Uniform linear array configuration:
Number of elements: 24
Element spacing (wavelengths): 0.75
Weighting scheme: blackman
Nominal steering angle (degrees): -60
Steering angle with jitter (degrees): -61.536
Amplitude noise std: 0.05
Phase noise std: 0.05

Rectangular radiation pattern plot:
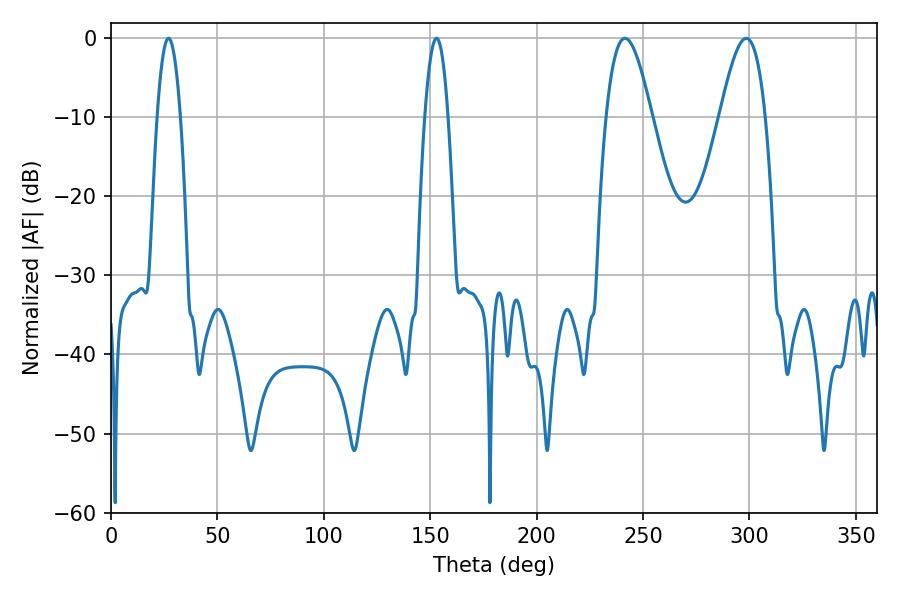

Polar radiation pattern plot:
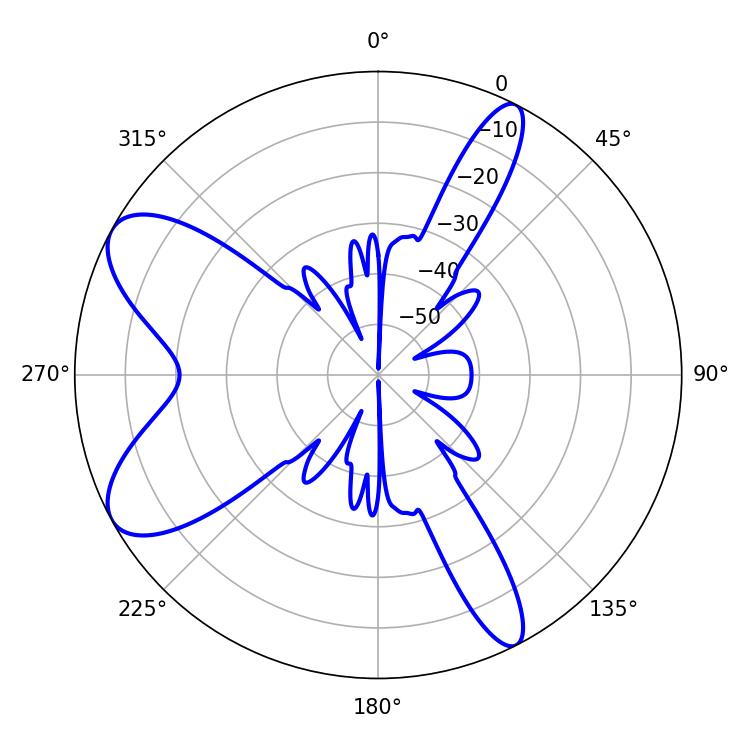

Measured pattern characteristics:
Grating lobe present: TRUE
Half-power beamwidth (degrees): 11.52
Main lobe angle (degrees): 241.56